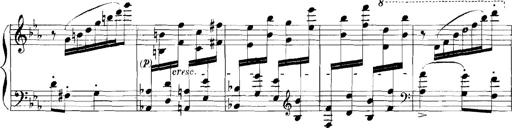
Title: Rhapsodies hongroises
Composer: Franz Liszt